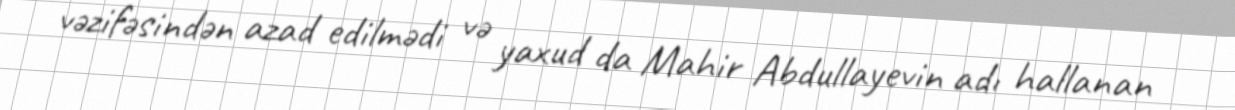
vəzifəsindən azad edilmədi və yaxud da Mahir Abdullayevin adı hallanan